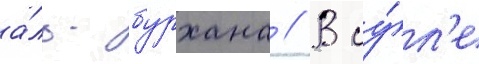
а́ль-бурхана // В иу́л'е